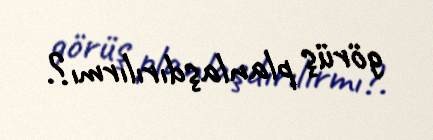
görüş planlaşdırılırmı?.